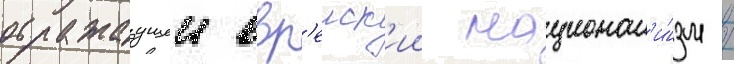
отражаущеи евр'еиск'ии национал'и́зм /